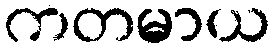
ကတမာယ